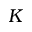
K